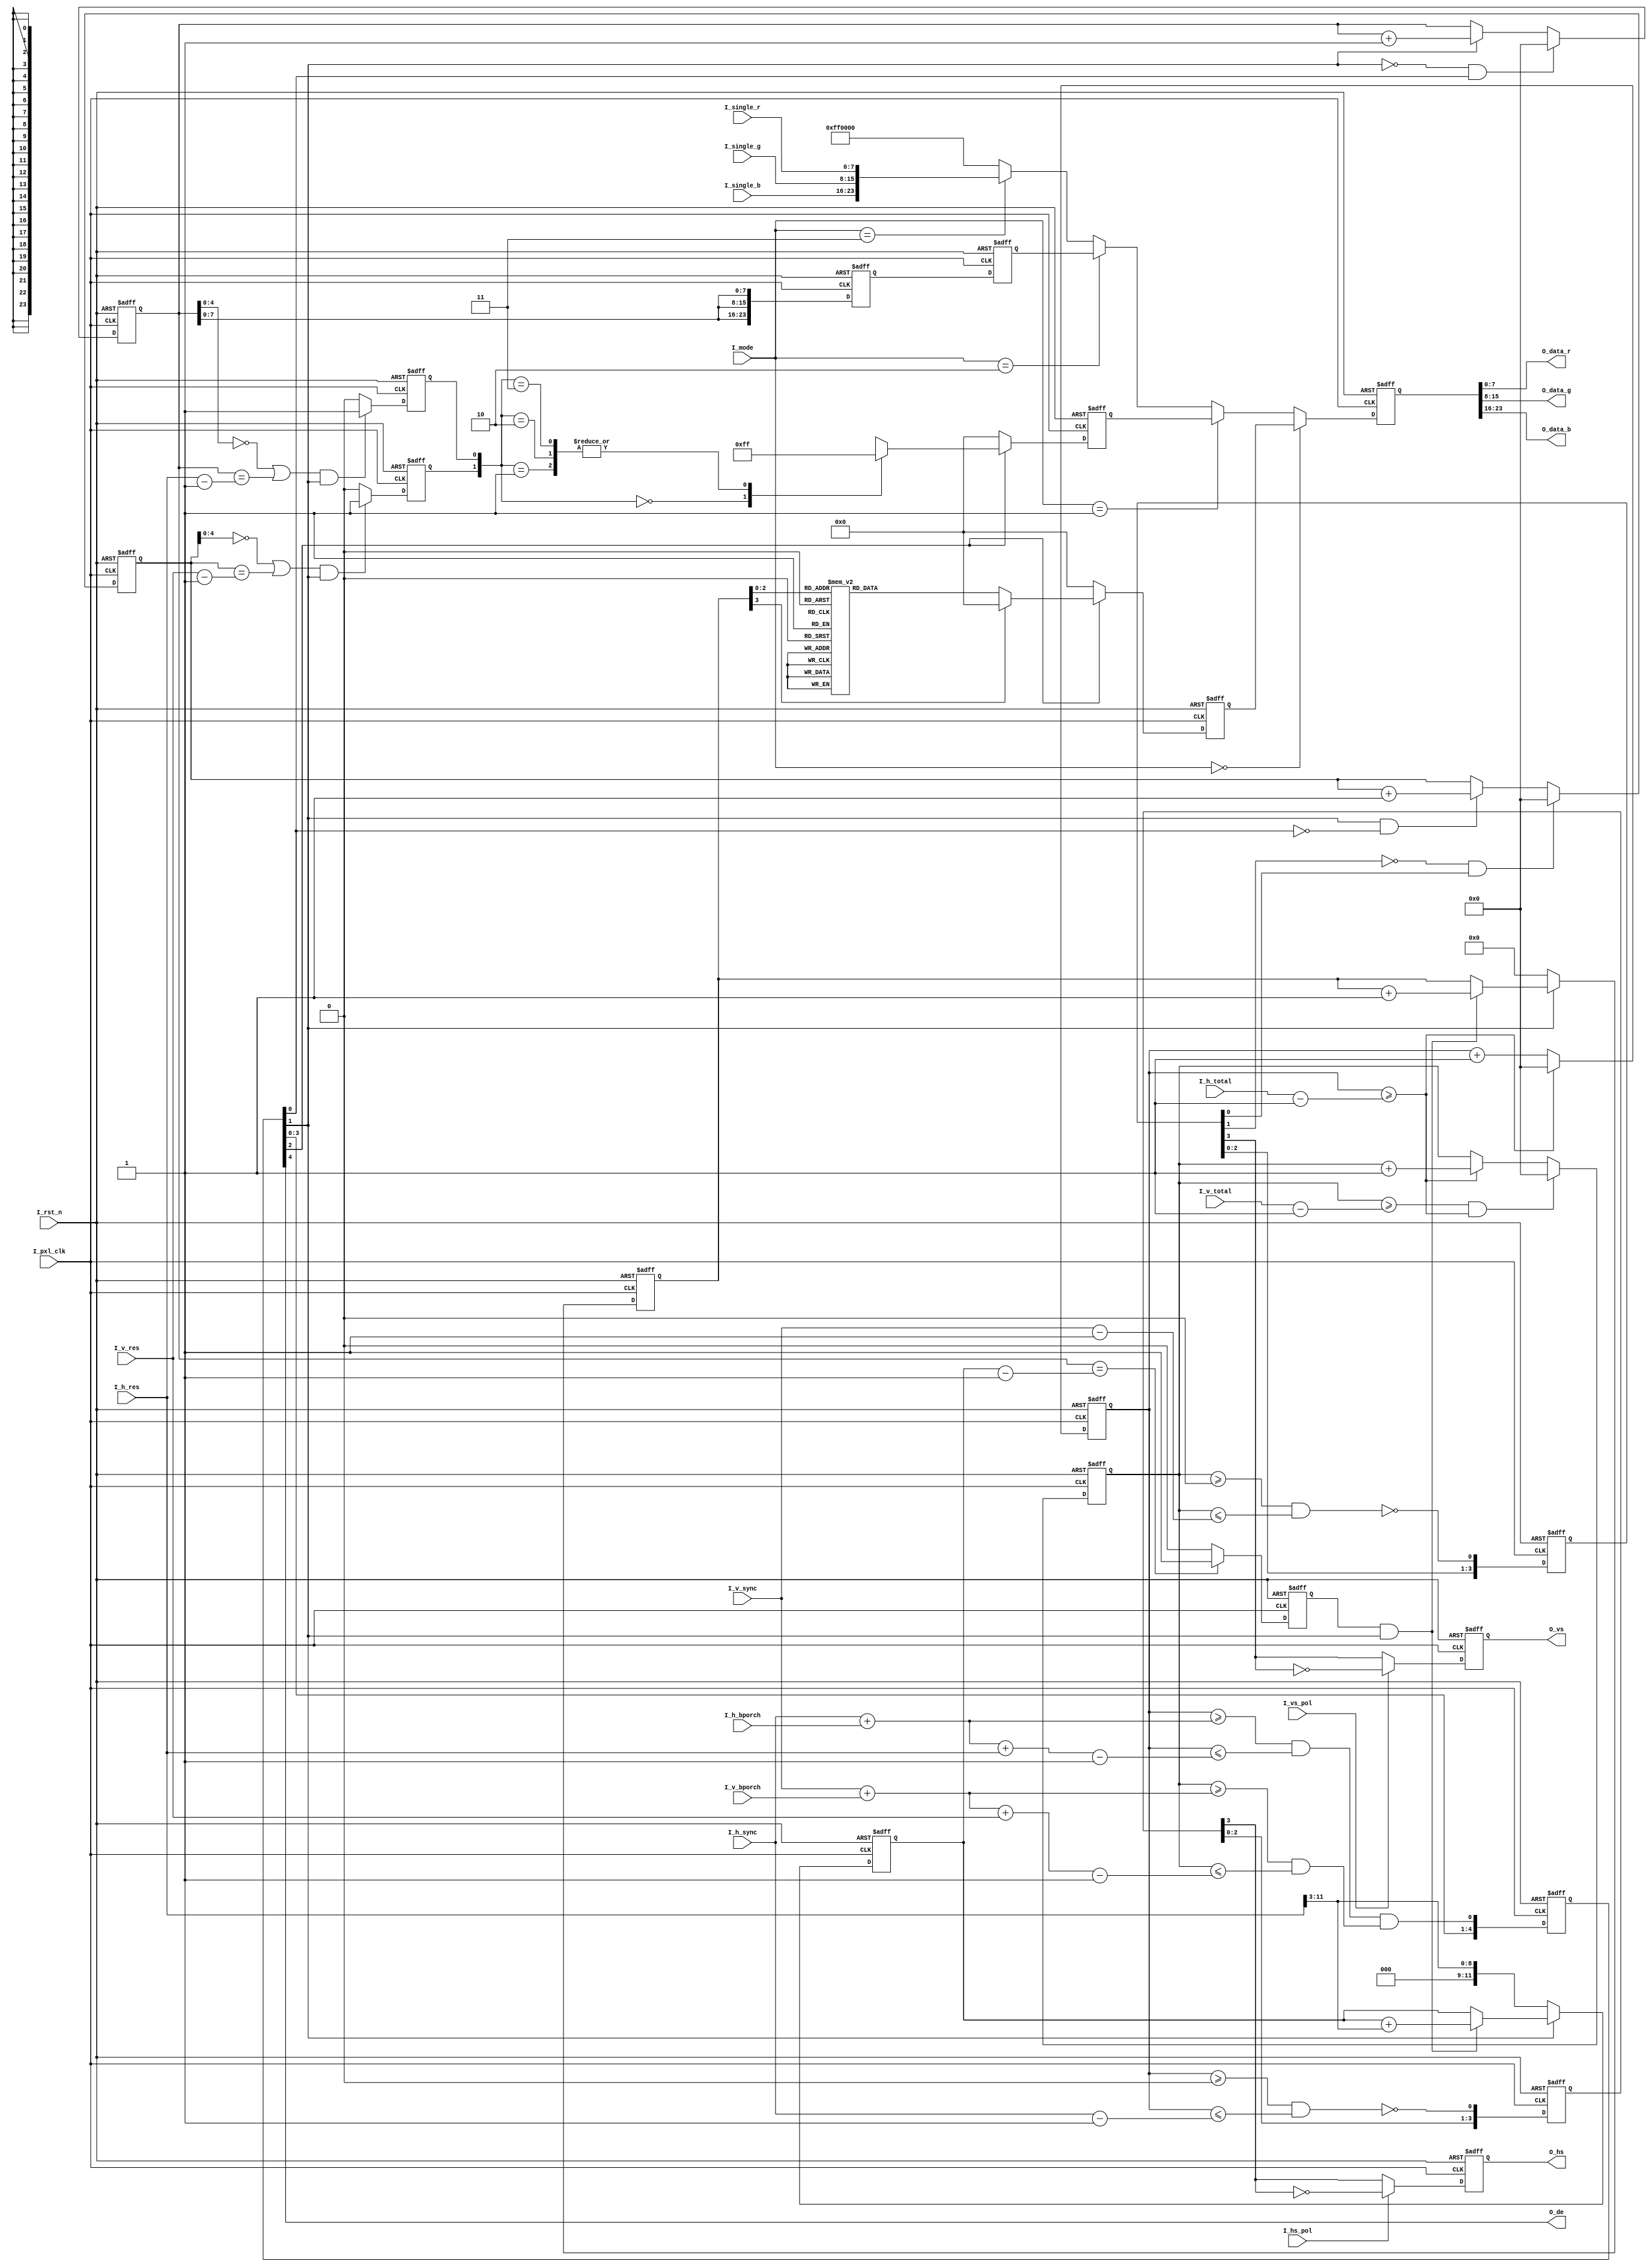
// ---------------------------------------------------------------------
// Module name       : testpattern
// Module Description: 
//						I_mode[2:0] = "000" : color bar     
//						I_mode[2:0] = "001" : net grid     
//						I_mode[2:0] = "010" : gray         
//						I_mode[2:0] = "011" : single color
// ---------------------------------------------------------------------
// Release history
// VERSION |   Date      | AUTHOR  |    DESCRIPTION
// --------------------------------------------------------------------
//   1.0   | 24-Sep-2009 | Caojie  |    initial
// --------------------------------------------------------------------

module testpattern
(
	input              I_pxl_clk   ,//pixel clock
    input              I_rst_n     ,//low active 
    input      [2:0]   I_mode      ,//data select
    input      [7:0]   I_single_r  ,
    input      [7:0]   I_single_g  ,
    input      [7:0]   I_single_b  ,
    input      [11:0]  I_h_total   ,//hor total time 
    input      [11:0]  I_h_sync    ,//hor sync time
    input      [11:0]  I_h_bporch  ,//hor back porch
    input      [11:0]  I_h_res     ,//hor resolution
    input      [11:0]  I_v_total   ,//ver total time 
    input      [11:0]  I_v_sync    ,//ver sync time  
    input      [11:0]  I_v_bporch  ,//ver back porch  
    input      [11:0]  I_v_res     ,//ver resolution 
    input              I_hs_pol    ,//HS polarity , 0:1
    input              I_vs_pol    ,//VS polarity , 0:1
    output             O_de        ,   
    output reg         O_hs        ,//
    output reg         O_vs        ,//
    output     [7:0]   O_data_r    ,    
    output     [7:0]   O_data_g    ,
    output     [7:0]   O_data_b    
); 

//====================================================
localparam N = 5; //delay N clocks

localparam	WHITE	= {8'd255 , 8'd255 , 8'd255 };//{B,G,R}
localparam	YELLOW	= {8'd0   , 8'd255 , 8'd255 };
localparam	CYAN	= {8'd255 , 8'd255 , 8'd0   };
localparam	GREEN	= {8'd0   , 8'd255 , 8'd0   };
localparam	MAGENTA	= {8'd255 , 8'd0   , 8'd255 };
localparam	RED		= {8'd0   , 8'd0   , 8'd255 };
localparam	BLUE	= {8'd255 , 8'd0   , 8'd0   };
localparam	BLACK	= {8'd0   , 8'd0   , 8'd0   };
  
//====================================================
reg  [11:0]   V_cnt     ;
reg  [11:0]   H_cnt     ;
              
wire          Pout_de_w    ;                          
wire          Pout_hs_w    ;
wire          Pout_vs_w    ;

reg  [N-1:0]  Pout_de_dn   ;                          
reg  [N-1:0]  Pout_hs_dn   ;
reg  [N-1:0]  Pout_vs_dn   ;

//----------------------------
wire 		  De_pos;
wire 		  De_neg;
wire 		  Vs_pos;
	
reg  [11:0]   De_vcnt     ;
reg  [11:0]   De_hcnt     ;
reg  [11:0]   De_hcnt_d1  ;
reg  [11:0]   De_hcnt_d2  ;

//-------------------------
//Color bar //8
reg  [11:0]   Color_trig_num; 
reg           Color_trig    ;
reg  [3:0]    Color_cnt     ;
reg  [23:0]   Color_bar     ;

//----------------------------
//Net grid //32
reg           Net_h_trig;
reg           Net_v_trig;
wire [1:0]    Net_pos   ;
reg  [23:0]   Net_grid  ;

//----------------------------
//Gray  //
reg  [23:0]   Gray;
reg  [23:0]   Gray_d1;

//-----------------------------
wire [23:0]   Single_color;

//-------------------------------
wire [23:0]   Data_sel;

//-------------------------------
reg  [23:0]   Data_tmp/*synthesis syn_keep=1*/;

//==============================================================================
//Generate HS, VS, DE signals
always@(posedge I_pxl_clk or negedge I_rst_n)
begin
	if(!I_rst_n)
		V_cnt <= 12'd0;
	else     
		begin
			if((V_cnt >= (I_v_total-1'b1)) && (H_cnt >= (I_h_total-1'b1)))
				V_cnt <= 12'd0;
			else if(H_cnt >= (I_h_total-1'b1))
				V_cnt <=  V_cnt + 1'b1;
			else
				V_cnt <= V_cnt;
		end
end

//-------------------------------------------------------------    
always @(posedge I_pxl_clk or negedge I_rst_n)
begin
	if(!I_rst_n)
		H_cnt <=  12'd0; 
	else if(H_cnt >= (I_h_total-1'b1))
		H_cnt <=  12'd0 ; 
	else 
		H_cnt <=  H_cnt + 1'b1 ;           
end

//-------------------------------------------------------------
assign  Pout_de_w = ((H_cnt>=(I_h_sync+I_h_bporch))&(H_cnt<=(I_h_sync+I_h_bporch+I_h_res-1'b1)))&
                    ((V_cnt>=(I_v_sync+I_v_bporch))&(V_cnt<=(I_v_sync+I_v_bporch+I_v_res-1'b1))) ;
assign  Pout_hs_w =  ~((H_cnt>=12'd0) & (H_cnt<=(I_h_sync-1'b1))) ;
assign  Pout_vs_w =  ~((V_cnt>=12'd0) & (V_cnt<=(I_v_sync-1'b1))) ;  

//-------------------------------------------------------------
always@(posedge I_pxl_clk or negedge I_rst_n)
begin
	if(!I_rst_n)
		begin
			Pout_de_dn  <= {N{1'b0}};                          
			Pout_hs_dn  <= {N{1'b1}};
			Pout_vs_dn  <= {N{1'b1}}; 
		end
	else 
		begin
			Pout_de_dn  <= {Pout_de_dn[N-2:0],Pout_de_w};                          
			Pout_hs_dn  <= {Pout_hs_dn[N-2:0],Pout_hs_w};
			Pout_vs_dn  <= {Pout_vs_dn[N-2:0],Pout_vs_w}; 
		end
end

assign O_de = Pout_de_dn[4];//

always@(posedge I_pxl_clk or negedge I_rst_n)
begin
	if(!I_rst_n)
		begin                        
			O_hs  <= 1'b1;
			O_vs  <= 1'b1; 
		end
	else 
		begin                         
			O_hs  <= I_hs_pol ? ~Pout_hs_dn[3] : Pout_hs_dn[3] ;
			O_vs  <= I_vs_pol ? ~Pout_vs_dn[3] : Pout_vs_dn[3] ;
		end
end

//=================================================================================
//Test Pattern
assign De_pos	= !Pout_de_dn[1] & Pout_de_dn[0]; //de rising edge
assign De_neg	= Pout_de_dn[1] && !Pout_de_dn[0];//de falling edge
assign Vs_pos	= !Pout_vs_dn[1] && Pout_vs_dn[0];//vs rising edge

always @(posedge I_pxl_clk or negedge I_rst_n)
begin
	if(!I_rst_n)
		De_hcnt <= 12'd0;
	else if (De_pos == 1'b1)
		De_hcnt <= 12'd0;
	else if (Pout_de_dn[1] == 1'b1)
		De_hcnt <= De_hcnt + 1'b1;
	else
		De_hcnt <= De_hcnt;
end

always @(posedge I_pxl_clk or negedge I_rst_n)
begin
	if(!I_rst_n) 
		De_vcnt <= 12'd0;
	else if (Vs_pos == 1'b1)
		De_vcnt <= 12'd0;
	else if (De_neg == 1'b1)
		De_vcnt <= De_vcnt + 1'b1;
	else
		De_vcnt <= De_vcnt;
end

//---------------------------------------------------
//Color bar
//---------------------------------------------------
always @(posedge I_pxl_clk or negedge I_rst_n)
begin
	if(!I_rst_n)
		Color_trig_num <= 12'd0;
	else if (Pout_de_dn[1] == 1'b0)
		Color_trig_num <= I_h_res[11:3]; //8
	else if ((Color_trig == 1'b1) && (Pout_de_dn[1] == 1'b1))
		Color_trig_num <= Color_trig_num + I_h_res[11:3];
	else
		Color_trig_num <= Color_trig_num;
end

always @(posedge I_pxl_clk or negedge I_rst_n)
begin
	if(!I_rst_n)
		Color_trig <= 1'b0;
	else if (De_hcnt == (Color_trig_num-1'b1)) 
		Color_trig <= 1'b1;
	else
		Color_trig <= 1'b0;
end

always @(posedge I_pxl_clk or negedge I_rst_n)
begin
	if(!I_rst_n)
		Color_cnt <= 3'd0;
	else if (Pout_de_dn[1] == 1'b0)
		Color_cnt <= 3'd0;
	else if ((Color_trig == 1'b1) && (Pout_de_dn[1] == 1'b1))
		Color_cnt <= Color_cnt + 1'b1;
	else
		Color_cnt <= Color_cnt;
end

always @(posedge I_pxl_clk or negedge I_rst_n)
begin
	if(!I_rst_n)
		Color_bar <= 24'd0;
	else if(Pout_de_dn[2] == 1'b1)
		case(Color_cnt)
			3'd0	:	Color_bar	<=	WHITE  ;
			3'd1	:	Color_bar	<=	YELLOW ;
			3'd2	:	Color_bar	<=	CYAN   ;
			3'd3	:	Color_bar	<=	GREEN  ;
			3'd4	:	Color_bar	<=	MAGENTA;
			3'd5	:	Color_bar	<=	RED    ;
			3'd6	:	Color_bar	<=	BLACK  ;
			3'd7	:	Color_bar	<=	BLUE  ;
			default	:	Color_bar	<=	BLACK  ;
		endcase
	else
		Color_bar	<=	BLACK  ;
end

//---------------------------------------------------
//Net grid
//---------------------------------------------------
always @(posedge I_pxl_clk or negedge I_rst_n)
begin
	if(!I_rst_n)
		Net_h_trig <= 1'b0;
	else if (((De_hcnt[4:0] == 5'd0) || (De_hcnt == (I_h_res-1'b1))) && (Pout_de_dn[1] == 1'b1))
		Net_h_trig <= 1'b1;
	else
		Net_h_trig <= 1'b0;
end

always @(posedge I_pxl_clk or negedge I_rst_n)
begin
	if(!I_rst_n)
		Net_v_trig <= 1'b0;
	else if (((De_vcnt[4:0] == 5'd0) || (De_vcnt == (I_v_res-1'b1))) && (Pout_de_dn[1] == 1'b1))
		Net_v_trig <= 1'b1;
	else
		Net_v_trig <= 1'b0;
end

assign Net_pos = {Net_v_trig,Net_h_trig};

always @(posedge I_pxl_clk or negedge I_rst_n)
begin
	if(!I_rst_n)
		Net_grid <= 24'd0;
	else if(Pout_de_dn[2] == 1'b1)
		case(Net_pos)
			2'b00	:	Net_grid	<=	BLACK  ;
			2'b01	:	Net_grid	<=	RED    ;
			2'b10	:	Net_grid	<=	RED    ;
			2'b11	:	Net_grid	<=	RED    ;
			default	:	Net_grid	<=	BLACK  ;
		endcase
	else
		Net_grid	<=	BLACK  ;
end

//---------------------------------------------------
//Gray
//---------------------------------------------------
always @(posedge I_pxl_clk or negedge I_rst_n)
begin
	if(!I_rst_n)
		Gray <= 24'd0;
	else
		Gray <= {De_hcnt[7:0],De_hcnt[7:0],De_hcnt[7:0]};
end

always @(posedge I_pxl_clk or negedge I_rst_n)
begin
	if(!I_rst_n)
		Gray_d1 <= 24'd0;
	else
		Gray_d1 <= Gray;
end

//---------------------------------------------------
//Single color
//---------------------------------------------------
assign Single_color = {I_single_b,I_single_g,I_single_r};

//============================================================
assign Data_sel = (I_mode[2:0] == 3'b000) ? Color_bar		: 
                  (I_mode[2:0] == 3'b001) ? Net_grid 		: 
                  (I_mode[2:0] == 3'b010) ? Gray_d1    		: 
				  (I_mode[2:0] == 3'b011) ? Single_color	: BLUE;

//---------------------------------------------------
always @(posedge I_pxl_clk or negedge I_rst_n)
begin
	if(!I_rst_n) 
		Data_tmp <= 24'd0;
	else
		Data_tmp <= Data_sel;
end

assign O_data_r = Data_tmp[ 7: 0];
assign O_data_g = Data_tmp[15: 8];
assign O_data_b = Data_tmp[23:16];

endmodule